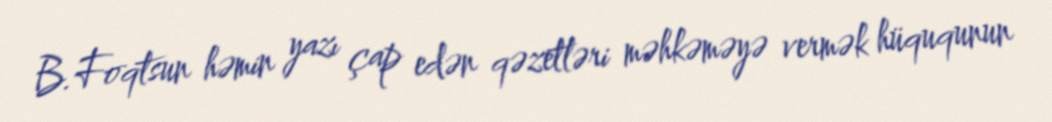
B.Foqtsun həmin yazı çap edən qəzetləri məhkəməyə vermək hüququnun